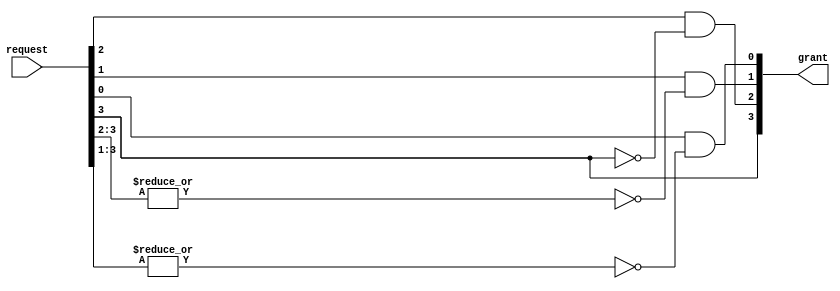
`timescale 1ns / 1ps
//////////////////////////////////////////////////////////////////////////////////
// Company: 
// Engineer: 
// 
// Design Name: 
// Module Name: fixed_priority_arbiter
// Project Name: 
// Target Devices: 
// Tool Versions: 
// Description: 
// 
// Dependencies: 
// 
// Revision:
// Revision 0.01 - File Created
// Additional Comments:
// 
//////////////////////////////////////////////////////////////////////////////////


module fixed_priority_arbiter

    #(parameter numsize=4)(
  input [numsize-1:0] request,
  output [numsize-1:0] grant
);
    assign grant[numsize-1] = request[numsize-1];
    genvar i;

    for (i = numsize-2; i >=0; i = i - 1) begin
      assign grant[i] = request [i] && (~(|(request[numsize-1:i+1])));
    end

endmodule